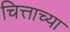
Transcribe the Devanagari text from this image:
चित्ताच्या